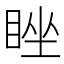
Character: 睉